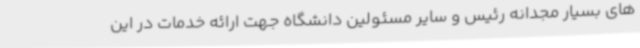
های بسیار مجدانه رئیس و سایر مسئولین دانشگاه جهت ارائه خدمات در این